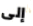
إلى